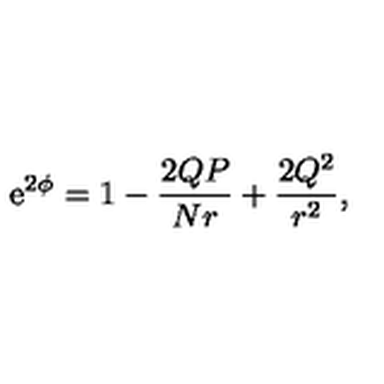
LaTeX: \mathrm { e } ^ { 2 \phi } = 1 - \frac { 2 Q P } { N r } + \frac { 2 Q ^ { 2 } } { r ^ { 2 } } ,